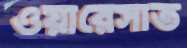
ওয়ারেসাত